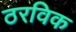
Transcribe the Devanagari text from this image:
ठरविक